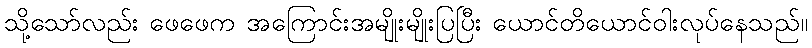
သို့သော်လည်း ဖေဖေက အကြောင်းအမျိုးမျိုးပြပြီး ယောင်တိယောင်ဝါးလုပ်နေသည်။